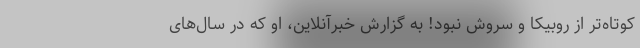
کوتاه‌تر از روبیکا و سروش نبود! به گزارش خبرآنلاین، او که در سال‌های